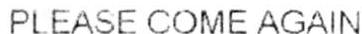
PLEASE COME AGAIN